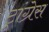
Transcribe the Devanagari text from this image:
ट्रांग्रेस